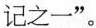
记之一”。